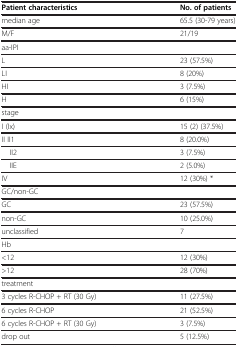
| Patient characteristics | No. of patients |
 | --- | --- |
 | median age | 65.5 (30-79 years) |
 | M/F | 21/19 |
 | <COLSPAN=2> aa-IPI |
 | L | 23 (57.5%) |
 | LI | 8 (20%) |
 | HI | 3 (7.5%) |
 | H | 6 (15%) |
 | <COLSPAN=2> stage |
 | I (Ix) | 15 (2) (37.5%) |
 | II II1 | 8 (20.0%) |
 | II2 | 3 (7.5%) |
 | IIE | 2 (5.0%) |
 | IV | 12 (30%) * |
 | <COLSPAN=2> GC/non-GC |
 | GC | 23 (57.5%) |
 | non-GC | 10 (25.0%) |
 | unclassified | 7 |
 | <COLSPAN=2> Hb |
 | <12 | 12 (30%) |
 | >12 | 28 (70%) |
 | <COLSPAN=2> treatment |
 | 3 cycles R-CHOP + RT (30 Gy) | 11 (27.5%) |
 | 6 cycles R-CHOP | 21 (52.5%) |
 | 6 cycles R-CHOP + RT (30 Gy) | 3 (7.5%) |
 | drop out | 5 (12.5%) |